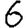
Digit: 6